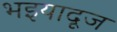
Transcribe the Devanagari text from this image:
भइयादूज